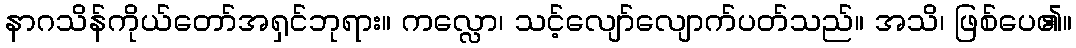
နာဂသိန်ကိုယ်တော်အရှင်ဘုရား။ ကလ္လော၊ သင့်လျော်လျောက်ပတ်သည်။ အသိ၊ ဖြစ်ပေ၏။